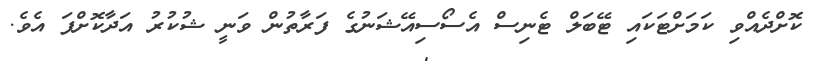
ކޮށްދެއްވި ކަމަށްޓަކައި ޓޭބަލް ޓެނިސް އެސޯސިއޭޝަނުގެ ފަރާތުން ވަނީ ޝުކުރު އަދާކޮށްފަ އެވެ.